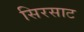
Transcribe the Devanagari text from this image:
सिरसाट